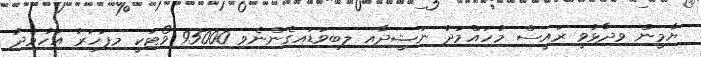
ޔާމީން ވިދާޅުވީ ރައީސް މުހައްމަދު ނަޝީދާއި ލިބިވަޑައިގެންނެވި 95000 ވޯޓަކީ މިފަހަރު އަހުމަދު